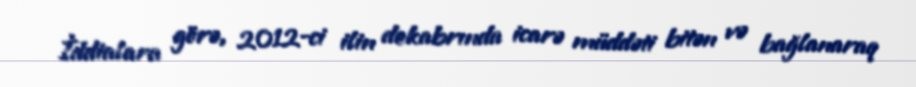
İddialara görə, 2012-ci ilin dekabrında icarə müddəti bitən və bağlanaraq